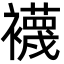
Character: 襪